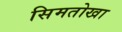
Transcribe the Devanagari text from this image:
सिमतोखा